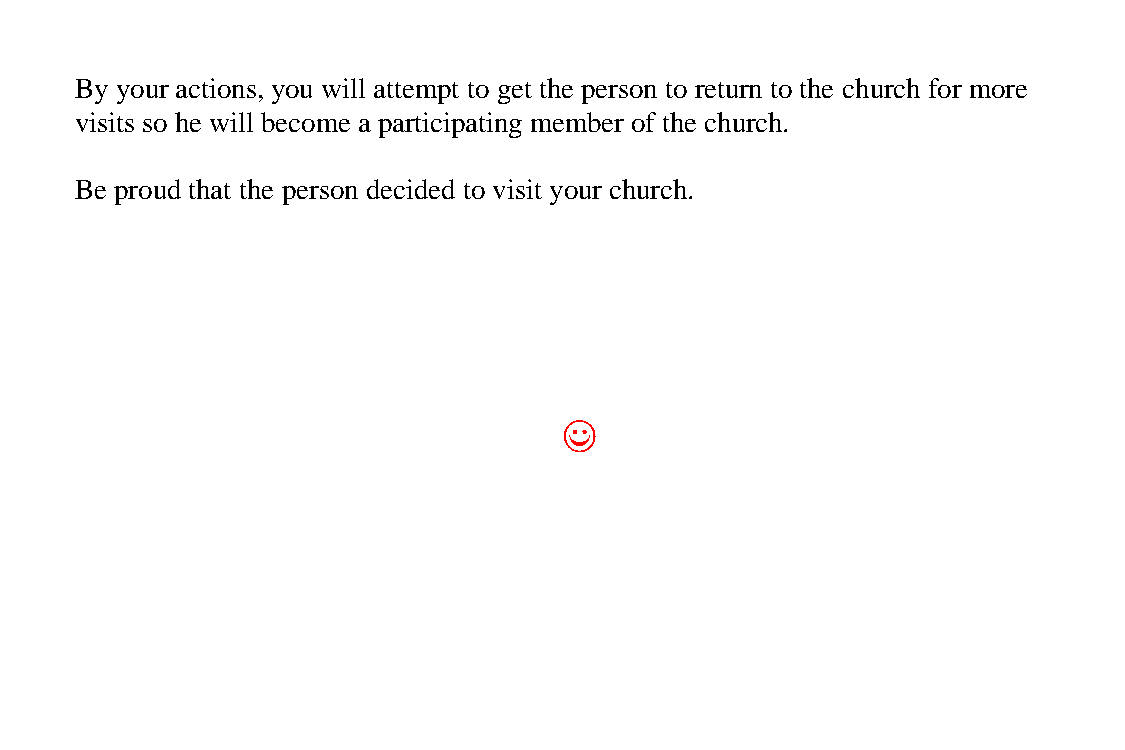
By your actions, you will attempt to get the person to return to the church for more
 visits so he will become a participating member of the church.
 Be proud that the person decided to visit your church.
 ((